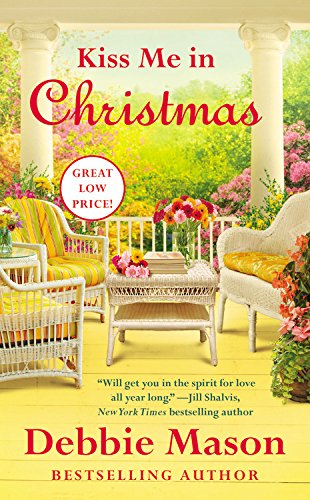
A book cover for Kiss Me in Christmas (Christmas, Colorado); Debbie Mason; Romance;